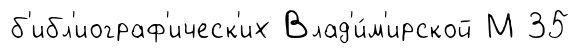
б'ибл'иограф'ическ'их Влад'и́м'ирской М 35